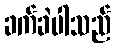
ခက်ခဲပါသည်